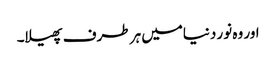
اور وہ نور دنیامیں ہر طرف پھیلا۔